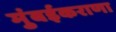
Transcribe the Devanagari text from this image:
मुंबईकराणा